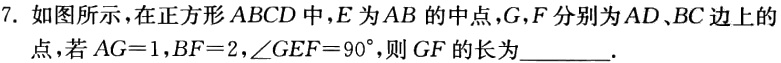
7. 如图所示，在正方形 \(ABCD\) 中，\(E\) 为 \(AB\) 的中点，\(G,F\) 分别为 \(AD、BC\) 边上的点，若 \(AG = 1,BF = 2,\angle GEF = 90^{\circ}\)，则 \(GF\) 的长为  。